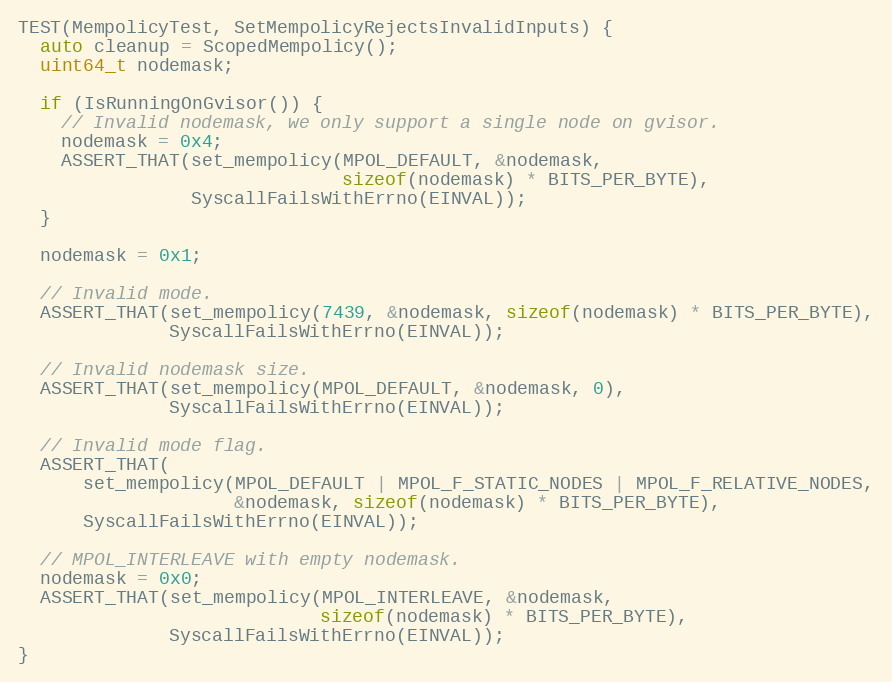
Language: C++
TEST(MempolicyTest, SetMempolicyRejectsInvalidInputs) {
  auto cleanup = ScopedMempolicy();
  uint64_t nodemask;

  if (IsRunningOnGvisor()) {
    // Invalid nodemask, we only support a single node on gvisor.
    nodemask = 0x4;
    ASSERT_THAT(set_mempolicy(MPOL_DEFAULT, &nodemask,
                              sizeof(nodemask) * BITS_PER_BYTE),
                SyscallFailsWithErrno(EINVAL));
  }

  nodemask = 0x1;

  // Invalid mode.
  ASSERT_THAT(set_mempolicy(7439, &nodemask, sizeof(nodemask) * BITS_PER_BYTE),
              SyscallFailsWithErrno(EINVAL));

  // Invalid nodemask size.
  ASSERT_THAT(set_mempolicy(MPOL_DEFAULT, &nodemask, 0),
              SyscallFailsWithErrno(EINVAL));

  // Invalid mode flag.
  ASSERT_THAT(
      set_mempolicy(MPOL_DEFAULT | MPOL_F_STATIC_NODES | MPOL_F_RELATIVE_NODES,
                    &nodemask, sizeof(nodemask) * BITS_PER_BYTE),
      SyscallFailsWithErrno(EINVAL));

  // MPOL_INTERLEAVE with empty nodemask.
  nodemask = 0x0;
  ASSERT_THAT(set_mempolicy(MPOL_INTERLEAVE, &nodemask,
                            sizeof(nodemask) * BITS_PER_BYTE),
              SyscallFailsWithErrno(EINVAL));
}